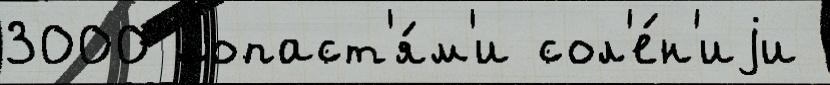
3000 лопаст'я́м'и сол'е́н'иjи